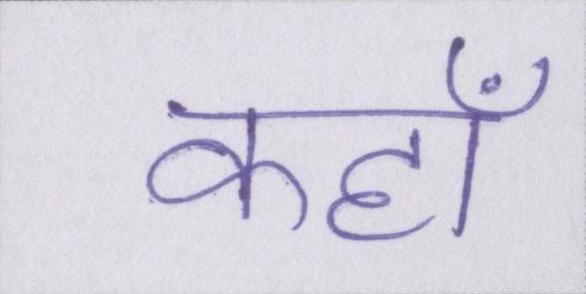
कहॉं